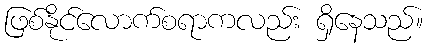
ဖြစ်နိုင်လောက်စရာကလည်း ရှိနေသည်။